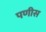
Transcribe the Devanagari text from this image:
पणीस